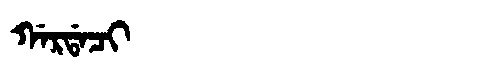
Manchu: ᡤᠠᡵᡩᠠᠴᡳ
Romanization: GARDACI